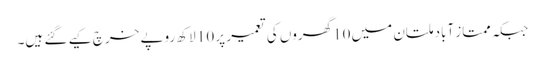
جبکہ ممتاز آباد ملتان میں 10گھروں کی تعمیر پر 10 لاکھ روپے خرچ کیے گئے ہیں۔